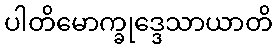
ပါတိမောက္ခုဒ္ဒေသာယာတိ